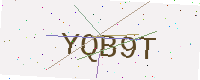
Text: YQB9T